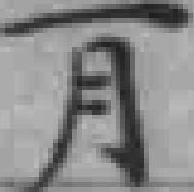
月